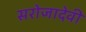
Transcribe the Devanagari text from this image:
सरोजादेवी